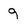
Character: 9